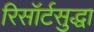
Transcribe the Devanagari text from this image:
रिसॉर्टसुद्धा